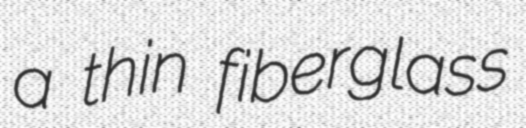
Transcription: a thin fiberglass